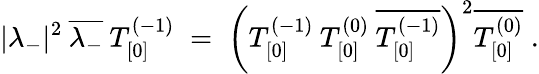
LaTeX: |\lambda_{-}|^{2}\: \overline{{{\lambda_{-}}}}\: T_{[0]}^{(-1)}\; =\; \left(T_{[0]}^{(-1)}\: T_{[0]}^{(0)}\: \overline{{{T_{[0]}^{(-1)}}}}\right)^{2}\overline{{{T_{[0]}^{(0)}}}}\; .